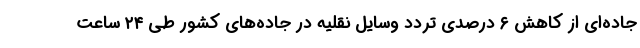
جاده‌ای از کاهش ۶ درصدی تردد وسایل نقلیه در جاده‌های کشور طی ۲۴ ساعت